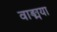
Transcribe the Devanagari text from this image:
वाङ्मया